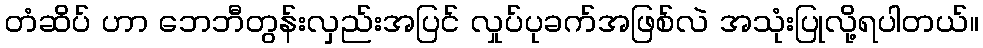
တံဆိပ် ဟာ ဘေဘီတွန်းလှည်းအပြင် လှုပ်ပုခက်အဖြစ်လဲ အသုံးပြုလို့ရပါတယ်။